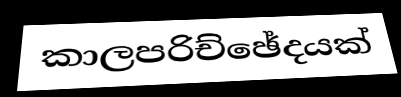
කාලපරිච්ඡේදයක්